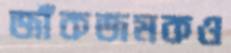
জাঁকজমকও